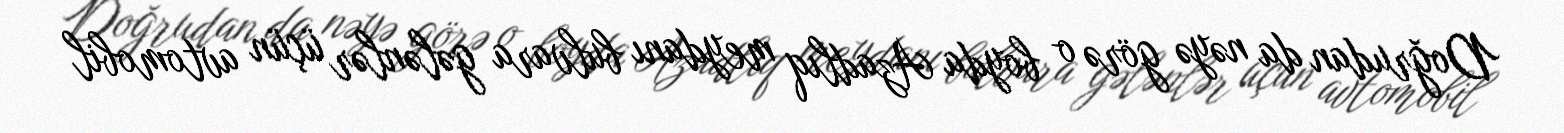
Doğrudan da nəyə görə o boyda Azadlıq meydanı bulvara gələnlər üçün avtomobil